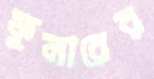
ফুলারের